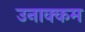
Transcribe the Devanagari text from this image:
उनाक्कम